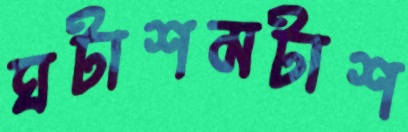
ঘটাশমটাশ